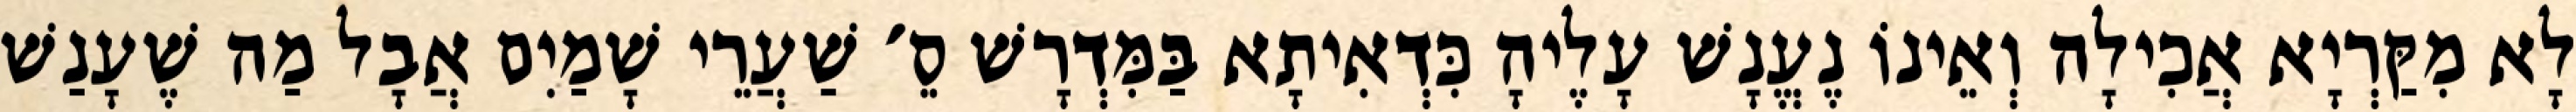
לָא מִקַּרְיָא אֲכִילָה וְאֵינוֹ נֶעֱנָשׁ עָלֶיהָ כִּדְאִיתָא בַּמִּדְרָשׁ סֵ׳ שַׁעֲרֵי שָׁמַיִם אֲבָל מַה שֶׁעָנַשׁ